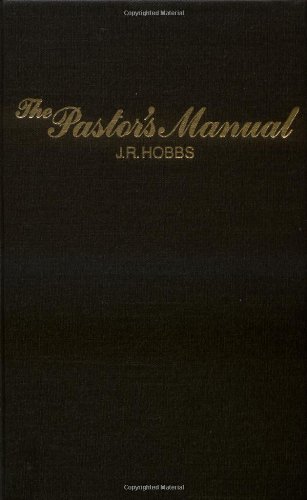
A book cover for The Pastor's Manual; James  R. Hobbs; Christian Books & Bibles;